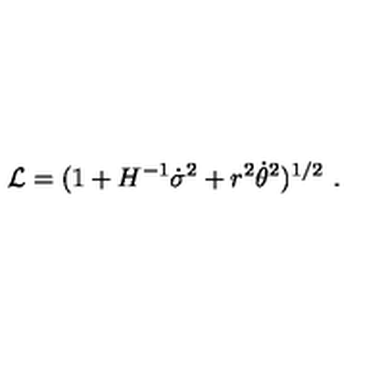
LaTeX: { \cal L } = ( 1 + H ^ { - 1 } \dot { \sigma } ^ { 2 } + r ^ { 2 } \dot { \theta } ^ { 2 } ) ^ { 1 / 2 } \ .